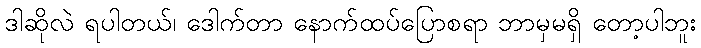
ဒါဆိုလဲ ရပါတယ်၊ ဒေါက်တာ နောက်ထပ်ပြောစရာ ဘာမှမရှိ တော့ပါဘူး